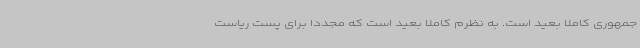
جمهوری کاملا بعید است. به نظرم کاملا بعید است که مجددا برای پست ریاست